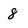
Character: 8